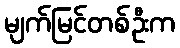
မျက်မြင်တစ်ဦးက